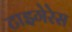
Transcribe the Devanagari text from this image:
टाइगेरेस